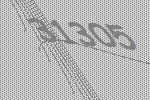
31305